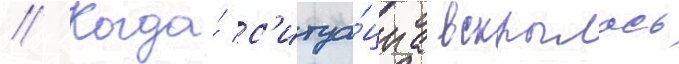
// Когда́ с'итуа́циа вскрылась